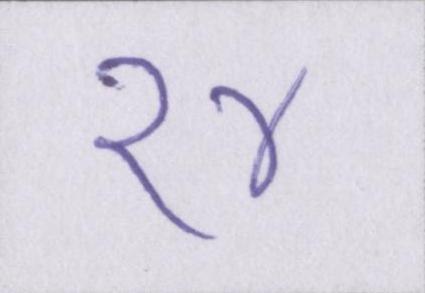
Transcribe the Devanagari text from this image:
१४